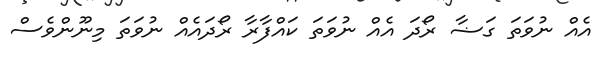
އެއް ނުވަތަ ގަޟާ ރޯދަ އެއް ނުވަތަ ކައްފާރާ ރޯދައެއް ނުވަތަ މިނޫންވެސް